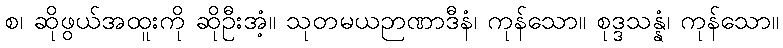
စ၊ ဆိုဖွယ်အထူးကို ဆိုဦးအံ့။ သုတမယဉာဏာဒီနံ၊ ကုန်သော။ စုဒ္ဒသန္နံ၊ ကုန်သော။